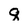
Character: g